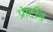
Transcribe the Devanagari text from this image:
प्रॊटीन